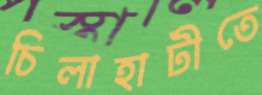
চিলাহাটীতে